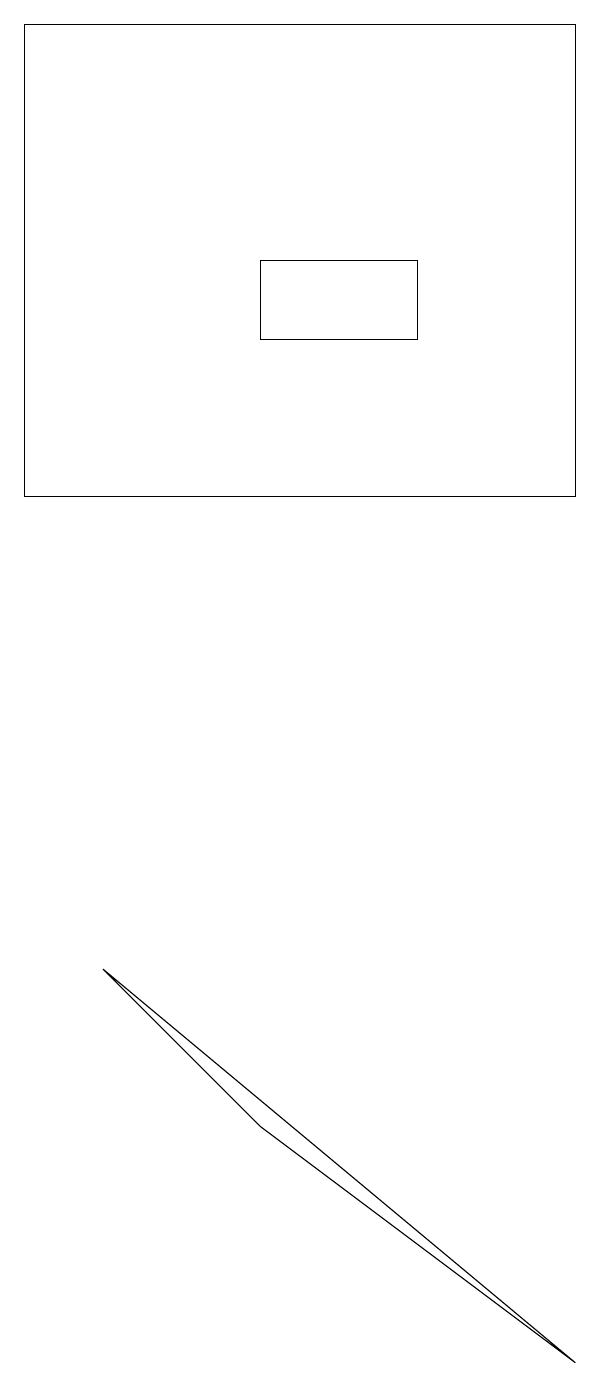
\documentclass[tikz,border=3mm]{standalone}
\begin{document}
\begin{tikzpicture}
\draw (5,4) -- (3,6) -- (9,1) -- cycle;
\draw (9,12) rectangle (2,18);
\draw (5,15) rectangle (7,14);
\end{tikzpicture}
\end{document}